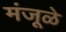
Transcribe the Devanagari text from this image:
मंजूळे